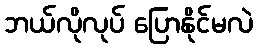
ဘယ်လိုလုပ် ပြောနိုင်မလဲ